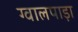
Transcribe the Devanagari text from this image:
ग्वालपाड़ा